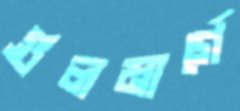
গুলমার্গে